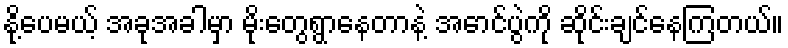
နို့ပေမယ့် အခုအခါမှာ မိုးတွေရွာနေတာနဲ့ အောင်ပွဲကို ဆိုင်းချင်နေကြတယ်။